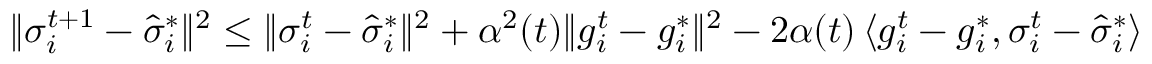
\lVert \sigma _ { i } ^ { t + 1 } - \hat { \sigma } _ { i } ^ { * } \rVert ^ { 2 } \leq \lVert \sigma _ { i } ^ { t } - \hat { \sigma } _ { i } ^ { * } \rVert ^ { 2 } + \alpha ^ { 2 } ( t ) \lVert g _ { i } ^ { t } - g _ { i } ^ { * } \rVert ^ { 2 } - 2 \alpha ( t ) \left< g _ { i } ^ { t } - g _ { i } ^ { * } , \sigma _ { i } ^ { t } - \hat { \sigma } _ { i } ^ { * } \right>